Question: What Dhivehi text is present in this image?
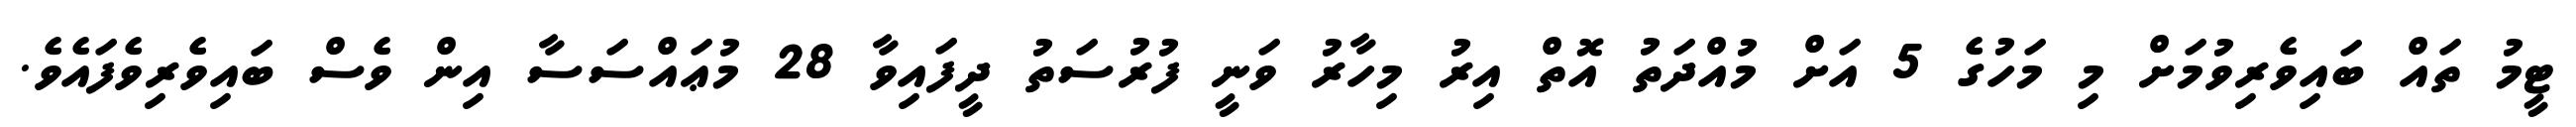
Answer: ޓީމު ތައް ބައިވެރިވުމަށް މި މަހުގެ 5 އަށް މުއްދަތު އޮތް އިރު މިހާރު ވަނީ ފުރުސަތު ދީފައިވާ 28 މުޢައްސަސާ އިން ވެސް ބައިވެރިވެފައެވެ.